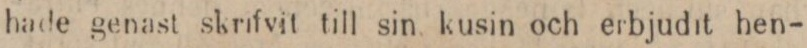
hade genast skrifvit till sin kusin och erbjudit hen-